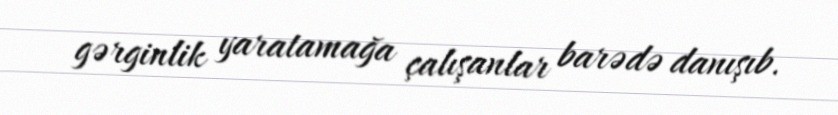
gərginlik yaratamağa çalışanlar barədə danışıb.